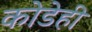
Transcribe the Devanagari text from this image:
कोडेही